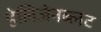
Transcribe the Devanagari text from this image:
हेलिजेनब्लट